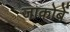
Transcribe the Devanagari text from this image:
जाकोबें